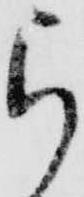
ら